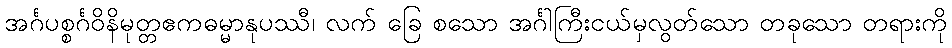
အင်္ဂပစ္စင်္ဂဝိနိမုတ္တဧကဓမ္မာနုပဿီ၊ လက် ခြေ စသော အင်္ဂါကြီးငယ်မှလွတ်သော တခုသော တရားကို